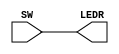
	module HAND(SW,LEDR);
	input [4:0]SW;
	output [4:0]LEDR;
	assign LEDR =SW;
	endmodule